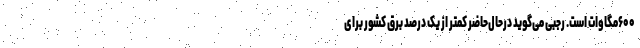
۶۰۰مگاوات است. رجبی می‌گوید درحال‌حاضر کمتر از یک درصد برق کشور برای